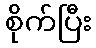
စိုက်ပြီး